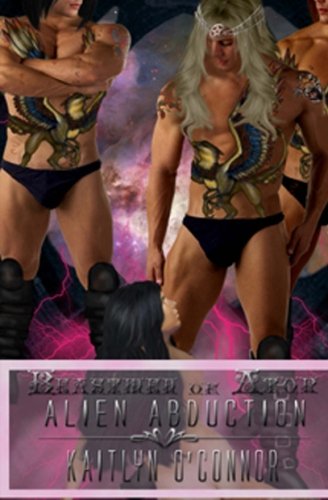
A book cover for Alien Abduction; Beastmen of Ator; Kaitlyn O'Connor; Romance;